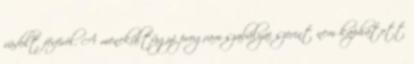
vádolt férfiról. A menekültügyi program szabályai szerint nem kaphatott